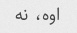
اوه، نه